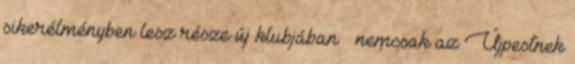
sikerélményben lesz része új klubjában – nemcsak az Újpestnek